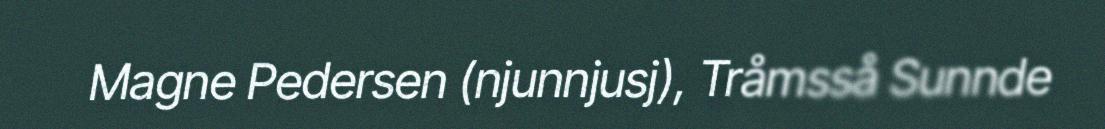
Magne Pedersen (njunnjusj), Tråmsså Sunnde